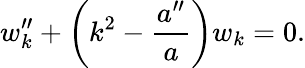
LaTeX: w_{k}^{\prime\prime}+\left(k^{2}-{\frac{a^{\prime\prime}}{a}}\right)w_{k}=0.